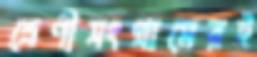
শ্রেণীসংগ্রামেরই